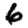
Digit: 6